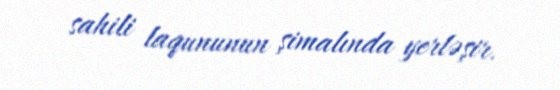
sahili laqununun şimalında yerləşir.